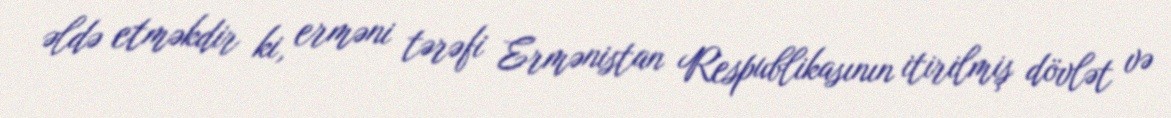
əldə etməkdir ki, erməni tərəfi Ermənistan Respublikasının itirilmiş dövlət və